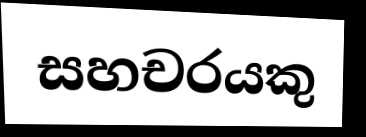
සහචරයකු